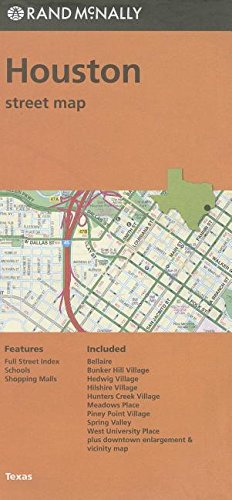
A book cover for Folded Map Houston TX; Rand McNally; Travel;